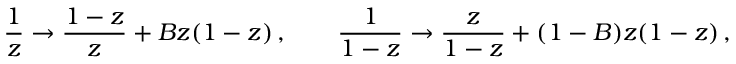
\frac { 1 } { z } \to \frac { 1 - z } { z } + B z ( 1 - z ) \, , \qquad \frac { 1 } { 1 - z } \to \frac { z } { 1 - z } + ( 1 - B ) z ( 1 - z ) \, ,